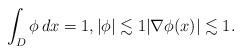
LaTeX: \begin{align*} \int_D \phi\,dx=1, |\phi|\lesssim 1 |\nabla\phi(x)|\lesssim 1.\end{align*}